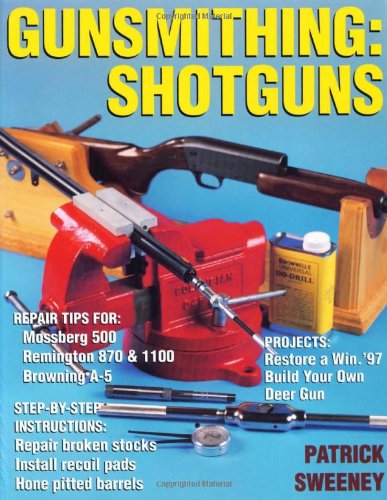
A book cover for Gunsmithing: Shotguns; Patrick Sweeney; Crafts, Hobbies & Home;